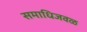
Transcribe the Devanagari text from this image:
समाधिजवळ